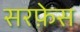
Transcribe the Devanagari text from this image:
सरफ़ेस